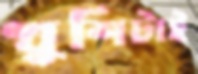
খুশিটাই